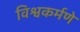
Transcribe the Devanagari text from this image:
विश्वकर्मणे